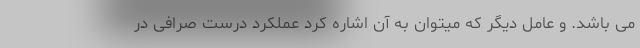
می باشد. و عامل دیگر که میتوان به آن اشاره کرد عملکرد درست صرافی در